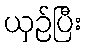
ယှဉ်ပြီး